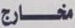
مخارج